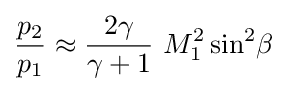
{\frac {p_{2}}{p_{1}}}\approx {\frac {2\gamma }{\gamma +1}}\ M_{1}^{2}\sin ^{2}\!\beta